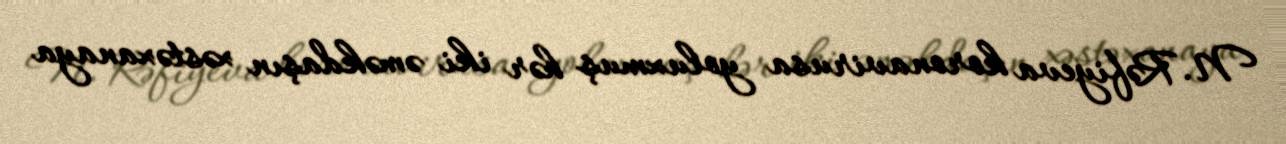
N. Rəfiyeva koronavirusa yoluxmuş hər iki əməkdaşın xəstəxanaya